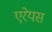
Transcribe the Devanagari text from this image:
एरेयस